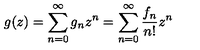
g ( z ) = \sum _ { n = 0 } ^ { \infty } { g _ { n } z ^ { n } } = \sum _ { n = 0 } ^ { \infty } { \frac { f _ { n } } { n ! } z ^ { n } }